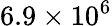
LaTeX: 6.9\times 10^{6}